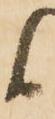
候